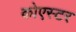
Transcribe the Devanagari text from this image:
कोएस्टर